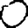
Digit: 0